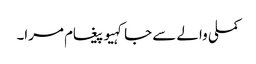
کملی والے سے جا کہیو پیغام مرا۔